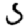
Digit: 5